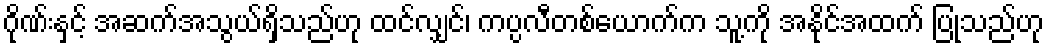
ဂိုဏ်းနှင့် အဆက်အသွယ်ရှိသည်ဟု ထင်လျှင်၊ ကပ္ပလီတစ်ယောက်က သူ့ကို အနိုင်အထက် ပြုသည်ဟု